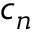
c _ { n }